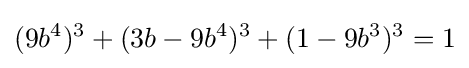
(9b^{4})^{3}+(3b-9b^{4})^{3}+(1-9b^{3})^{3}=1